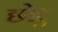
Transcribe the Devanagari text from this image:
छोटु